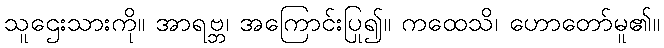
သူဌေးသားကို။ အာရဗ္ဘ၊ အကြောင်းပြု၍။ ကထေသိ၊ ဟောတော်မူ၏။